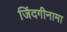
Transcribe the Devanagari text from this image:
जिंदगीनामा